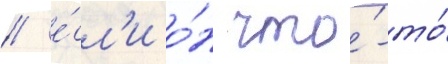
/ е́сл'и о́н что́-то́